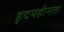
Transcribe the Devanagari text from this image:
हृदयहीनता